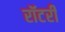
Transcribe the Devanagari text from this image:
रॉटरी